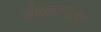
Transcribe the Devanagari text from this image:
खेळणाऱ्याला